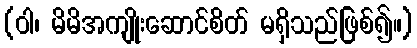
(ဝါ၊ မိမိအကျိုးဆောင်စိတ် မရှိသည်ဖြစ်၍။)